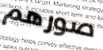
صورهم